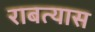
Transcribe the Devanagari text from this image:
राबत्यास